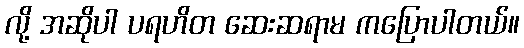
လို့ အဆိုပါ ပရဟိတ ဆေးဆရာမ ကပြောပါတယ်။